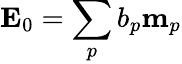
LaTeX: \mathbf{E}_{0}=\sum_{p}b_{p}\mathbf{m}_{p}